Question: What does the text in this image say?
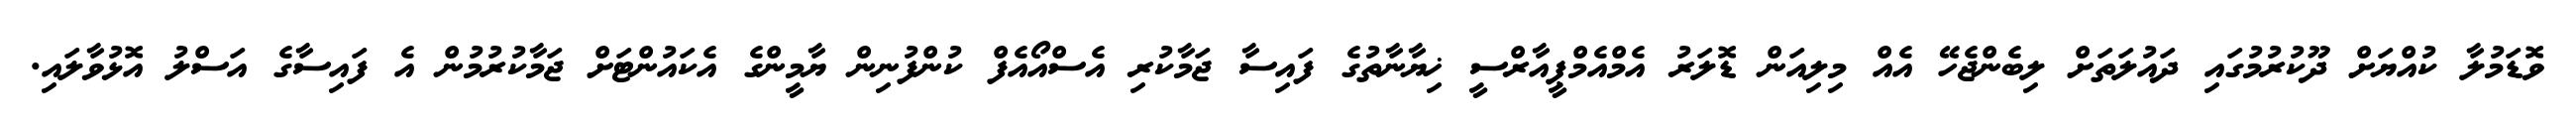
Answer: ވޮޑަމުލާ ކުއްޔަށް ދޫކުރުމުގައި ދައުލަތަށް ލިބެންޖެހޭ އެއް މިލިއަން ޑޮލަރު އެމްއެމްޕީއާރްސީ ޚިޔާނާތުގެ ފައިސާ ޖަމާކުރި އެސްއޯއެފް ކުންފުނިން ޔާމީންގެ އެކައުންޓަށް ޖަމާކުރުމުން އެ ފައިސާގެ އަސްލު އޮޅުވާލައި.